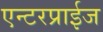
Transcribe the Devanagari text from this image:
एन्टरप्राईज